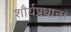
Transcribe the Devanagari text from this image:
शौर्यप्रधान।